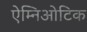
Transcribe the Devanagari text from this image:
ऐम्निओटिक